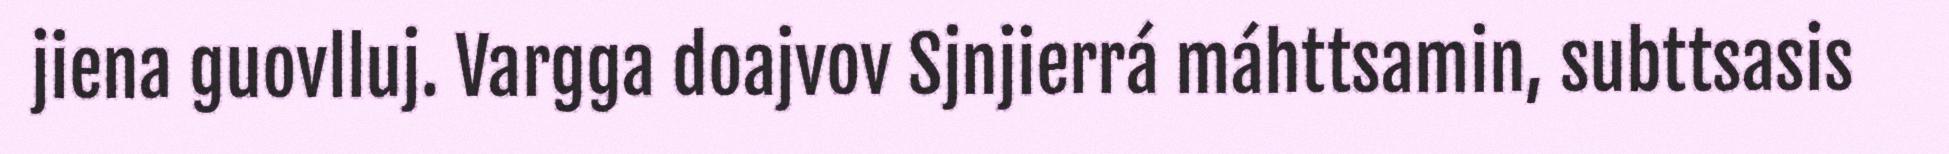
jiena guovlluj. Vargga doajvov Sjnjierrá máhttsamin, subttsasis